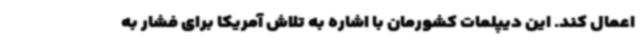
اعمال کند. این دیپلمات کشورمان با اشاره به تلاش آمریکا برای فشار به